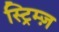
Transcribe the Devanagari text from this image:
स्ट्रिम्ज़